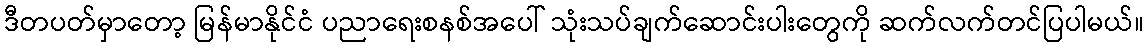
ဒီတပတ်မှာတော့ မြန်မာနိုင်ငံ ပညာရေးစနစ်အပေါ် သုံးသပ်ချက်ဆောင်းပါးတွေကို ဆက်လက်တင်ပြပါမယ်။